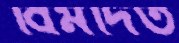
বিমর্দিত